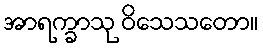
အာရက္ခာသု ဝိသေသတော။